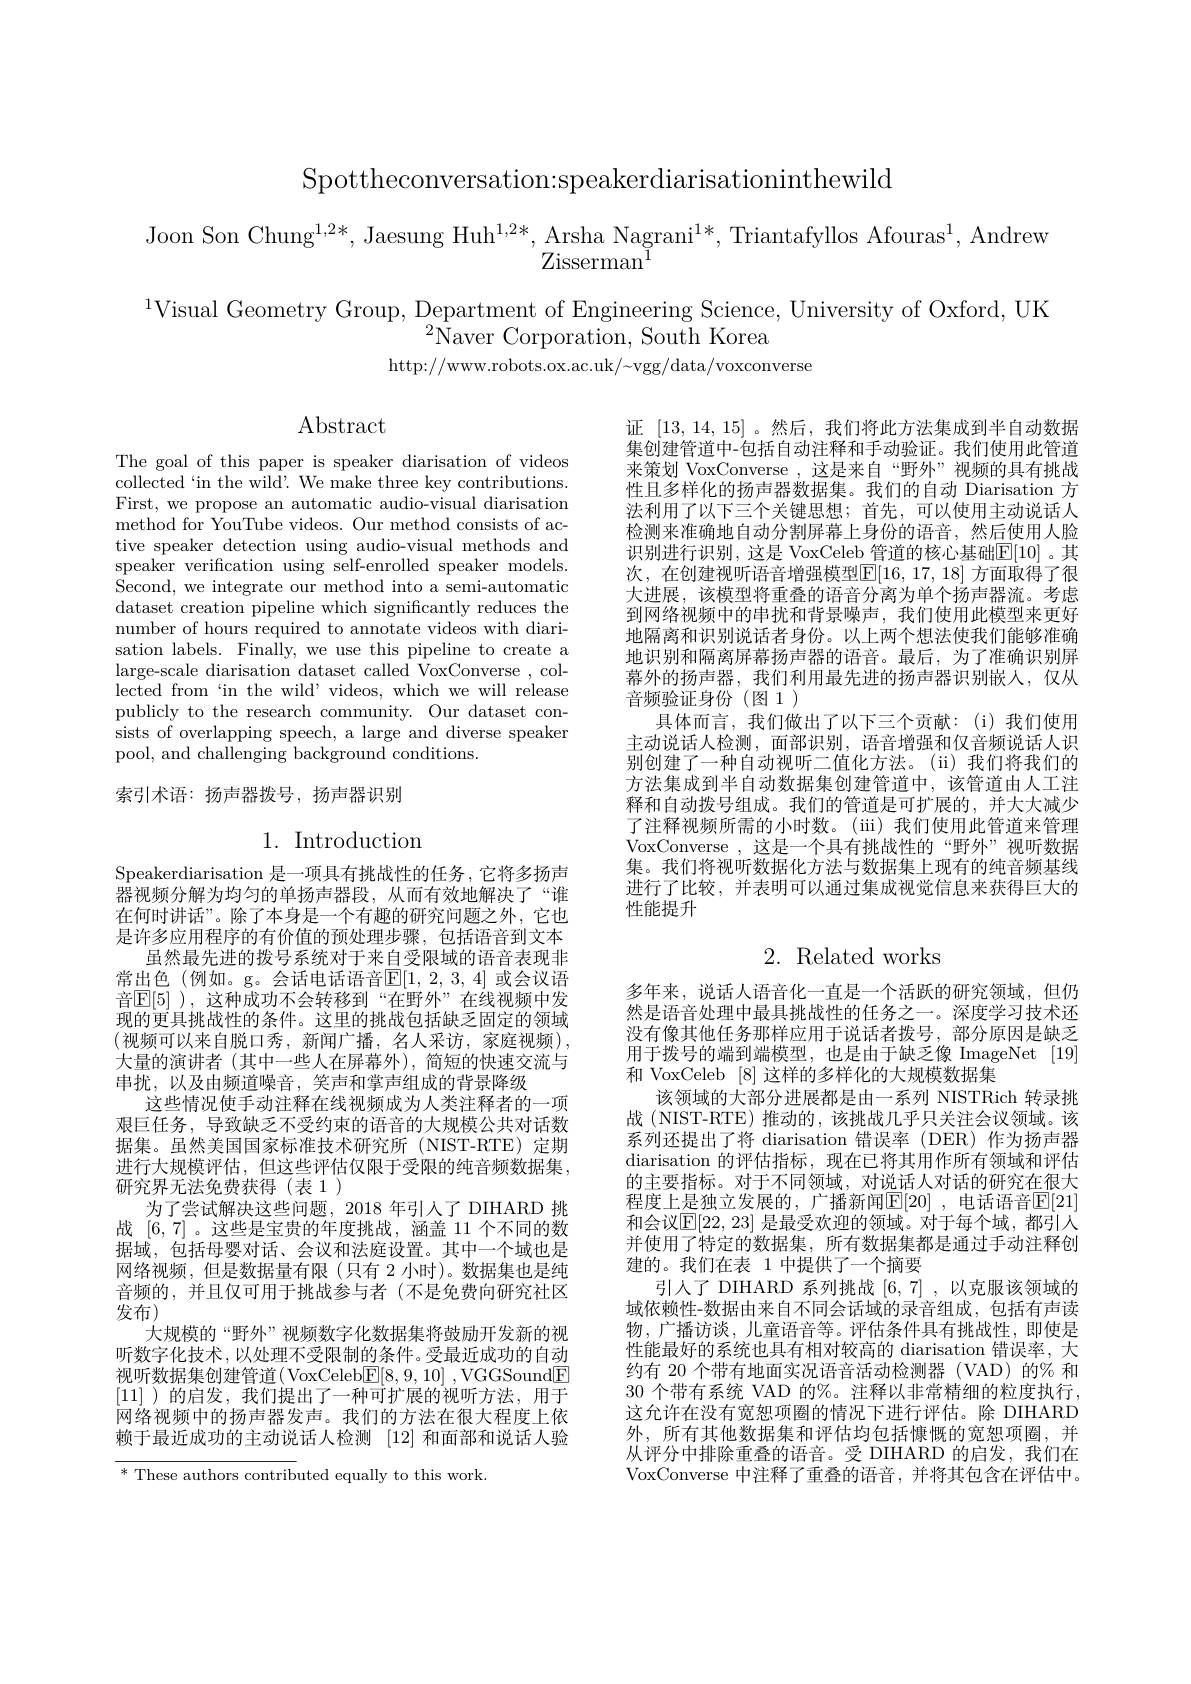
Spottheconversation:speakerdiarisationinthewild

Joon Son Chung$^1,2*$, Jaesung Huh$^{1,2*},\begin{array}{c}\text{Arsha Nagrani}^{1*},&\text{Triantafyllos Afouras}^{1},&\text{Andrew}\\\text{Zisserman}^{1}&\end{array}$

$^{1}$Visual Geometry Group, Department of Engineering Science, University of Oxford, UK
${}^{2}{\tilde{\mathrm{Naver~Corporation,~South~Korea}}}$
http://www.robots.ox.ac.uk/~vgg/data/voxconverse

$\operatorname{Abstract}$

The goal of this paper is speaker diarisation of videos $\bar{\text{collected }}$`in the wild'. We make three key contributions. First, we propose an automatic audio-visual diarisation method for YouTube videos. Our method consists of active speaker detection using audio-visual methods and speaker verification using self-enrolled speaker models. Second, we integrate our method into a semi-automatic dataset creation pipeline which significantly reduces the number of hours required to annotate videos with diarisation labels. Finally, we use this pipeline to create a large-scale diarisation dataset called VoxConverse , collected from ‘in the wild’videos, which we will release publicly to the research community. Our dataset consists of overlapping speech, a large and diverse speaker pool, and challenging background conditions.

证[13,14,15] 。然后，我们将此方法集成到半自动数据集创建管道中-包括自动注释和手动验证。我们使用此管道来策划 VoxConverse , 这是来自“野外”视频的具有挑战性且多样化的扬声器数据集。我们的自动 Diarisation 方法利用了以下三个关键思想；首先，可以使用主动说话人检测来准确地自动分割屏幕上身份的语音，然后使用人脸识别进行识别，这是 VoxCeleb 管道的核心基础$\overline{\mathbb{E}}[10]$。其次，在创建视听语音增强模型$\mathbb{E}[16,17,18]$ 方面取得了很大进展，该模型将重叠的语音分离为单个扬声器流。考虑到网络视频中的串扰和背景噪声，我们使用此模型来更好地隔离和识别说话者身份。以上两个想法使我们能够准确地识别和隔离屏幕扬声器的语音。最后，为了准确识别屏幕外的扬声器，我们利用最先进的扬声器识别嵌人，仅从音频验证身份(图1)
具体而言，我们做出了以下三个贡献：(i)我们使用主动说话人检测，面部识别，语音增强和仅音频说话人识别创建了一种自动视听二值化方法。(ii)我们将我们的方法集成到半自动数据集创建管道中，该管道由人工注释和自动拨号组成。我们的管道是可扩展的，并大大减少了注释视频所需的小时数。(iii)我们使用此管道来管理VoxConverse ,这是一个具有挑战性的“野外”视听数据集。我们将视听数据化方法与数据集上现有的纯音频基线进行了比较，并表明可以通过集成视觉信息来获得巨大的性能提升

## 索引术语：扬声器拨号，扬声器识别

# 1. Introduction

# 2. Related works

Speakerdiarisation 是一项具有挑战性的任务，它将多扬声器视频分解为均匀的单扬声器段，从而有效地解决了“谁在何时讲话”。除了本身是一个有趣的研究问题之外，它也是许多应用程序的有价值的预处理步骤，包括语音到文本
虽然最先进的拨号系统对于来自受限域的语音表现非常出色(例如。g。会话电话语音$\mathbb{E}[1,2,3,4]$ 或会议语音$\mathbb{E}[5]$ ),这种成功不会转移到“在野外”在线视频中发现的更具挑战性的条件。这里的挑战包括缺乏固定的领域$\left(\text{视频可以来自脱口秀，新闻广播，名人采访，家庭视频}\right)$, 大量的演讲者 (其中一些人在屏幕外),简短的快速交流与串扰，以及由频道噪音，笑声和掌声组成的背景降级
这些情况使手动注释在线视频成为人类注释者的一项艰巨任务，导致缺乏不受约束的语音的大规模公共对话数据集。虽然美国国家标准技术研究所(NIST-RTE)定期进行大规模评估，但这些评估仅限于受限的纯音频数据集， 研究界无法免费获得(表1)
为了尝试解决这些问题，2018年引入了 DIHARD 挑战[6,7] 。这些是宝贵的年度挑战，涵盖 11 个不同的数据域，包括母婴对话、会议和法庭设置。其中一个域也是网络视频，但是数据量有限(只有 2 小时)。数据集也是纯音频的，并且仅可用于挑战参与者(不是免费向研究社区发布)
大规模的“野外”视频数字化数据集将鼓励开发新的视听数字化技术，以处理不受限制的条件。受最近成功的自动视听数据集创建管道( VoxCeleb$\underline {\mathrm{E} }[ 8, 9, 10]$ ,VGGSound$\underline{\mathrm{E}}$ [11] )的启发，我们提出了一种可扩展的视听方法，用于网络视频中的扬声器发声。我们的方法在很大程度上依赖于最近成功的主动说话人检测[12]和面部和说话人验

多年来，说话人语音化一直是一个活跃的研究领域，但仍然是语音处理中最具挑战性的任务之一。深度学习技术还没有像其他任务那样应用于说话者拨号，部分原因是缺乏用于拨号的端到端模型，也是由于缺乏像 ImageNet [19] 和 VoxCeleb [8] 这样的多样化的大规模数据集
该领域的大部分进展都是由一系列 NISTRich 转录挑战(NIST-RTE)推动的，该挑战几乎只关注会议领域。该系列还提出了将 diarisation 错误率 (DER)作为扬声器diarisation 的评估指标，现在已将其用作所有领域和评估的主要指标。对于不同领域，对说话人对话的研究在很大程度上是独立发展的，广播新闻$\mathbb{E}[20]$ ,电话语音$\mathbb{E}[21]$ 和会议$\mathbb{E}[22,23]$ 是最受欢迎的领域。对于每个域，都引入并使用了特定的数据集，所有数据集都是通过手动注释创建的。我们在表 1 中提供了一个摘要
引人了 DIHARD 系列挑战[6,7],以克服该领域的域依赖性-数据由来自不同会话域的录音组成，包括有声读物，广播访谈，儿童语音等。评估条件具有挑战性，即使是性能最好的系统也具有相对较高的 diarisation 错误率，大约有 20 个带有地面实况语音活动检测器 (VAD)的% 和30 个带有系统 VAD 的%。注释以非常精细的粒度执行， 这允许在没有宽恕项圈的情况下进行评估。除 DIHARD 外，所有其他数据集和评估均包括慷慨的宽恕项圈，并从评分中排除重叠的语音。受 DIHARD 的启发，我们在VoxConverse 中注释了重叠的语音，并将其包含在评估中。

* These authors contributed equally to this work.